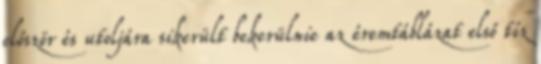
először és utoljára sikerült bekerülnie az éremtáblázat első tíz